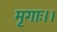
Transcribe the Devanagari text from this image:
मृगाः।।